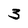
Character: 3